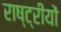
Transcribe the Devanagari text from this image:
राष्ट्रीयों